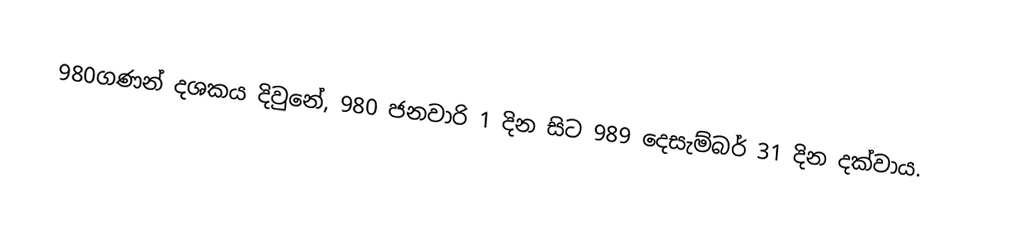
980ගණන් දශකය දිවුනේ, 980 ජනවාරි 1 දින සිට 989 දෙසැම්බර් 31 දින දක්වාය.